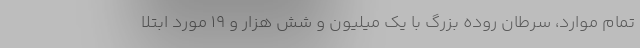
تمام موارد، سرطان روده بزرگ با یک میلیون و شش هزار و ۱۹ مورد ابتلا